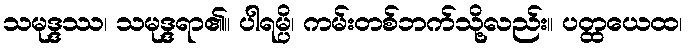
သမုဒ္ဒဿ၊ သမုဒ္ဒရာ၏။ ပါရမ္ပိ၊ ကမ်းတစ်ဘက်သို့လည်း။ ပတ္ထယေထ၊